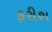
ફરીશ